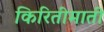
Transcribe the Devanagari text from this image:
किरितीमाती